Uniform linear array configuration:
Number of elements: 32
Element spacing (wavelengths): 0.5
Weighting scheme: blackman
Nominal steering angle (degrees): -30
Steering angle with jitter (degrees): -29.728
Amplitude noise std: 0.05
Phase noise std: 0.05

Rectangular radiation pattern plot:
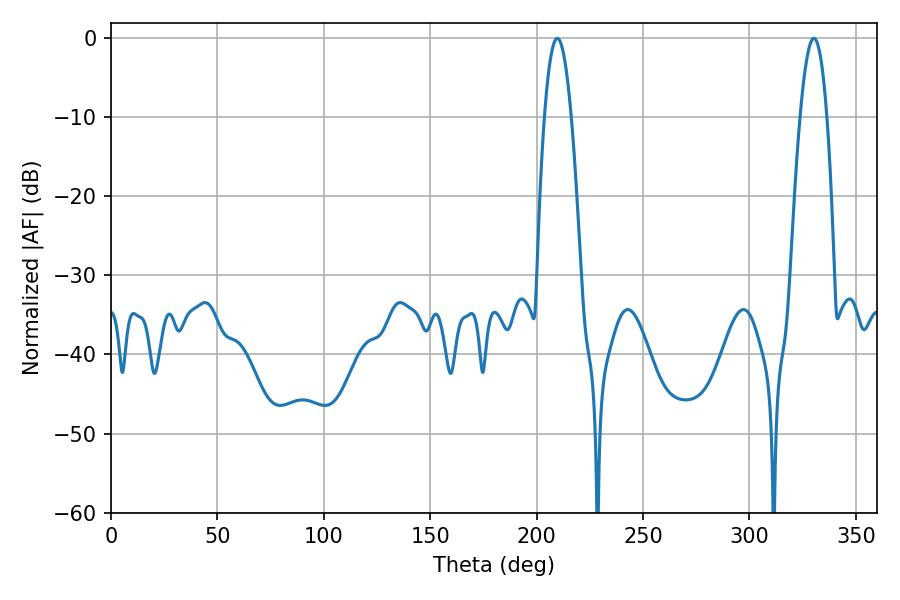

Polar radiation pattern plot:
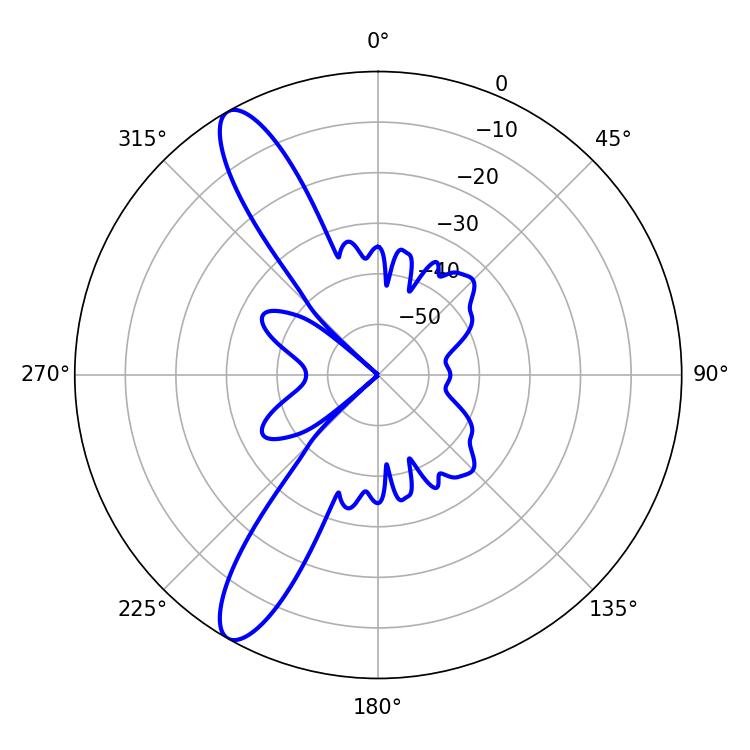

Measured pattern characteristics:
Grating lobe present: FALSE
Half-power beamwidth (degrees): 7.02
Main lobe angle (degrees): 209.7